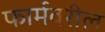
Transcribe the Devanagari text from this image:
फार्मवरील